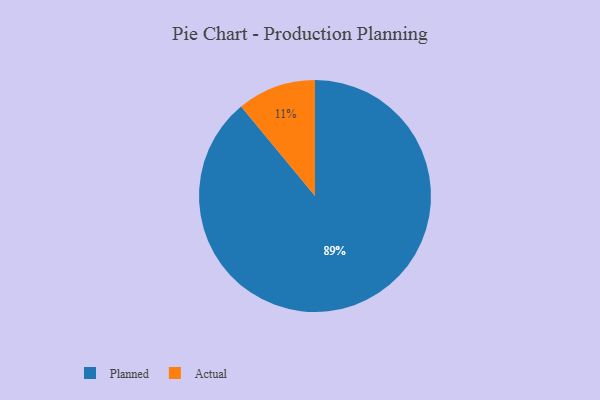
{"axis": {"x": "Category", "y": "Percentage"}, "legend": ["Actual", "Planned"], "data": [{"x": "Planned", "y": 89, "type": "Planned"}, {"x": "Actual", "y": 11, "type": "Actual"}]}